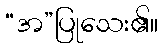
“အ”ပြုသေး၏။